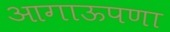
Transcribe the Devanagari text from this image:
आगाऊपणा